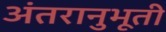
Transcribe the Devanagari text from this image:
अंतरानुभूती